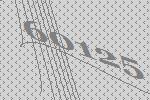
60125